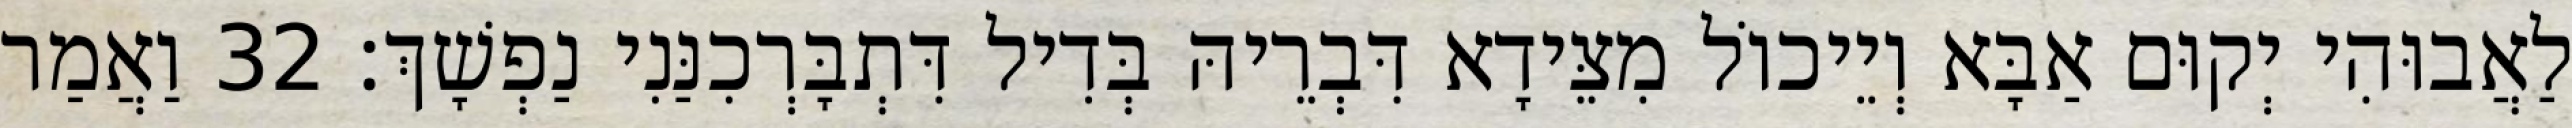
לַאֲבוּהִי יְקוּם אַבָּא וְיֵיכוֹל מִצֵּידָא דִּבְרֵיהּ בְּדִיל דִּתְבָּרְכִנַּנִי נַפְשָׁךְ׃ 32 וַאֲמַר